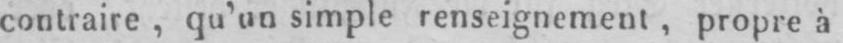
contraire, qu’un simple renseignement, propre à